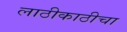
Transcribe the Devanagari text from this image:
लाठीकाठीचा